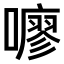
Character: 𫬏